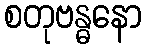
စတုဗန္ဓနော